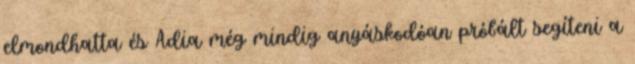
elmondhatta és Adia még mindig anyáskodóan próbált segíteni a